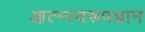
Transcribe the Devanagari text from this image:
आत्म्स्वरूपज्ञान